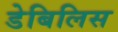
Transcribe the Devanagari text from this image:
डेबिलिस